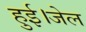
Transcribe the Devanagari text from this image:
हुई।जेल